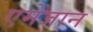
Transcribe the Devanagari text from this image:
एमेजान